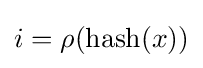
i=\rho (\mathrm {hash} (x))